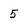
Character: 5